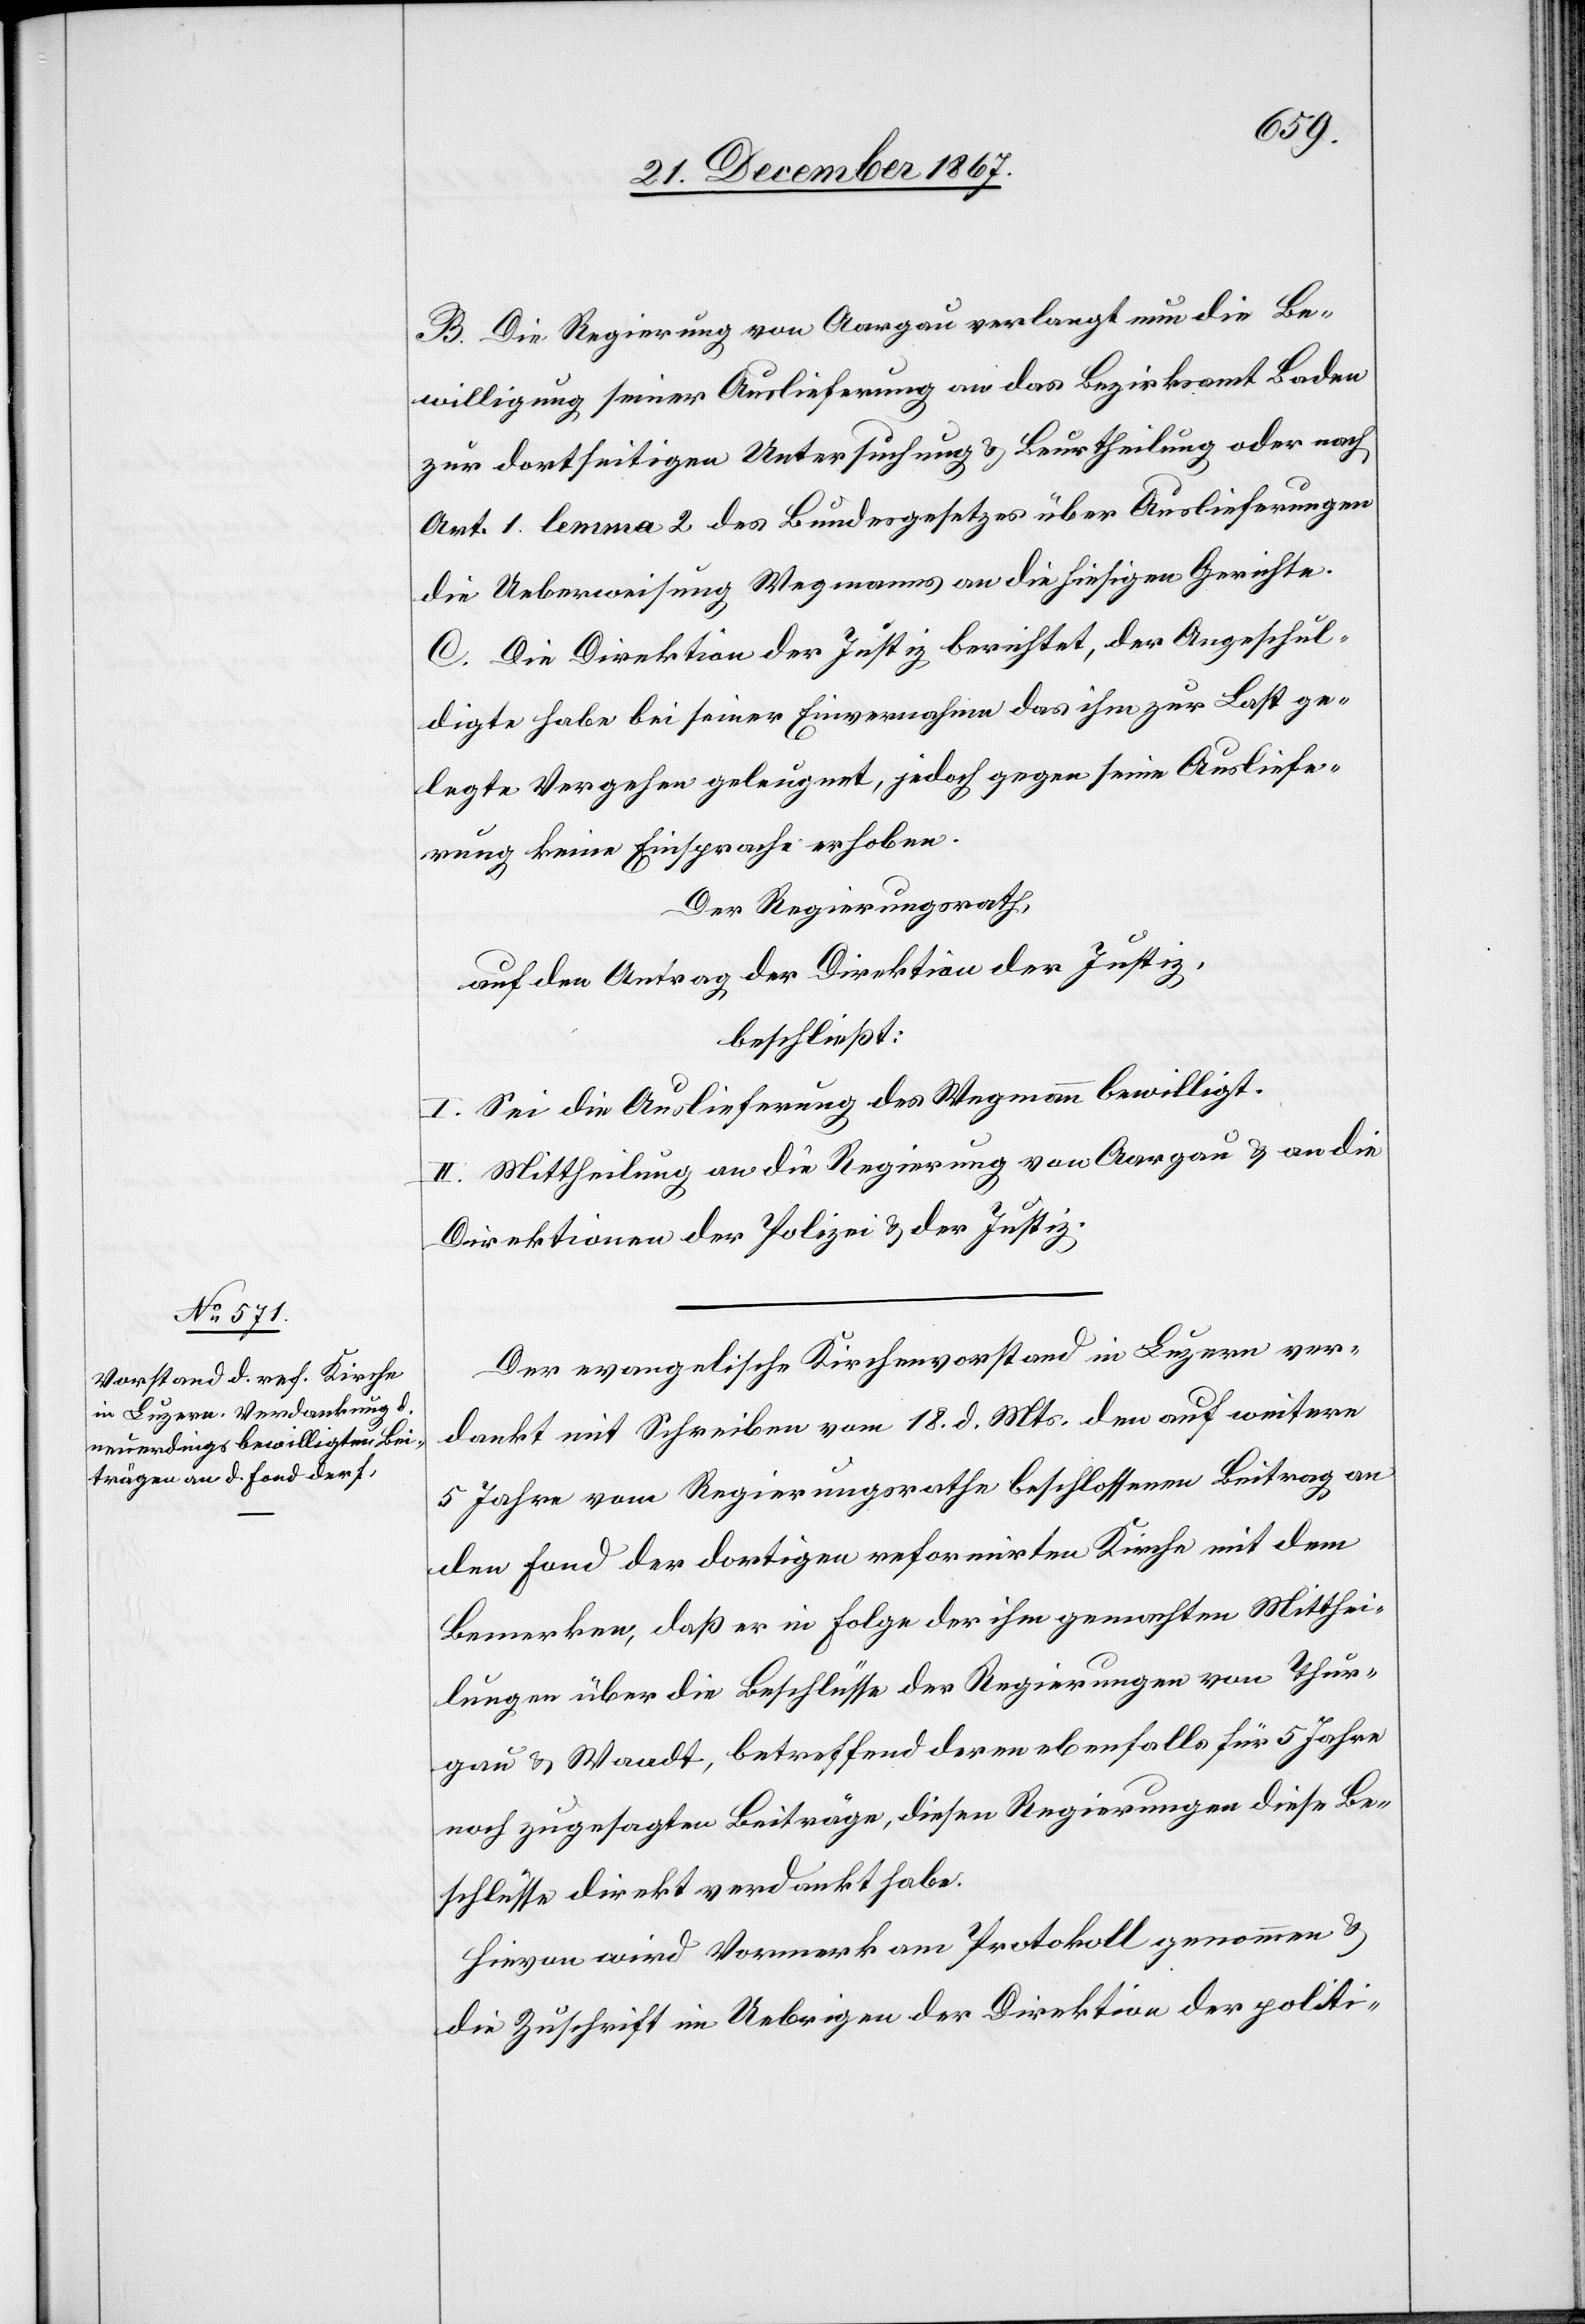
B. Die Regierung von Aargau verlangt nun die Be¬
willigung seiner Auslieferung an das Bezirksamt Baden
zur dortseitigen Untersuchung u. Beurtheilung oder nach
Art. 1 lemma 2 des Bundesgesetzes über Auslieferungen
die Ueberweisung Wegmanns an die hiesigen Gerichte.
C. Die Direktion der Justiz berichtet, der Angeschul¬
digte habe bei seiner Einvernahme das ihm zur Last ge¬
legte Vergehen geleugnet, jedoch gegen seine Ausliefe¬
rung keine Einsprache erhoben.
Der Regierungsrath,
auf den Antrag der Direktion der Justiz,
beschließt:
I. Sei die Auslieferung des Wegmann bewilligt.
II. Mittheilung an die Regierung von Aargau u. an die
Direktionen der Polizei u. der Justiz.
Der evangelische Kirchenvorstand in Luzern ver¬
dankt mit Schreiben vom 18. d. Mts. den auf weitere
5 Jahre vom Regierungsrathe beschlossenen Beitrag an
den Fond der dortigen reformirten Kirche mit dem
Bemerken, daß er in Folge der ihm gemachten Mitthei¬
lungen über die Beschlüsse der Regierungen von Thur¬
gau u. Waadt, betreffend deren ebenfalls für 5 Jahre
noch zugesagten Beiträge, diesen Regierungen diese Be¬
schlüsse direkt verdankt habe.
Hievon wird Vormerk am Protokoll genommen u.
die Zuschrift im Uebrigen der Direktion der politi-